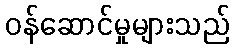
ဝန်ဆောင်မှုများသည်